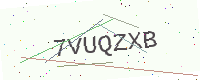
Text: 7VUQZXB